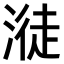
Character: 𣺺